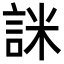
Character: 詸